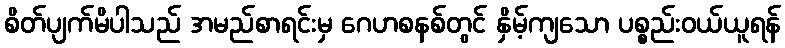
စိတ်ပျက်မိပါသည် အမည်စာရင်းမှ ဂေဟစနစ်တွင် နှိမ့်ကျသော ပစ္စည်းဝယ်ယူရန်